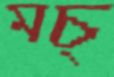
মচ্‌